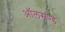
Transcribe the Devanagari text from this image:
ऑलसण्ड